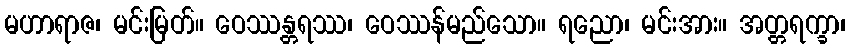
မဟာရာဇ၊ မင်းမြတ်။ ဝေဿန္တရဿ၊ ဝေဿန်မည်သော။ ရညော၊ မင်းအား။ အတ္တရက္ခာ၊